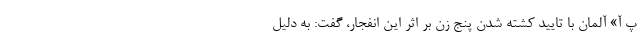
پ آ» آلمان با تایید کشته شدن پنج زن بر اثر این انفجار، گفت: به دلیل